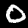
Label: 0